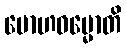
မောဟဓမ္မောတိ